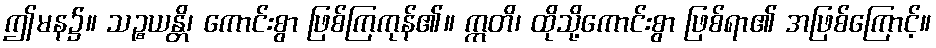
ဤမန၌။ သဉ္စယန္တိ၊ ကောင်းစွာ ဖြစ်ကြကုန်၏။ ဣတိ၊ ထိုသို့ကောင်းစွာ ဖြစ်ရာ၏ အဖြစ်ကြောင့်။